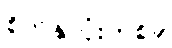
စိတ်နှလုံးတစ်ခု